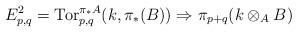
LaTeX: \begin{align*} E^2_{p,q}= \mathrm{Tor}_{p,q}^{\pi_*A}(k, \pi_*(B)) \Rightarrow \pi_{p+q}(k \otimes_A B) \end{align*}